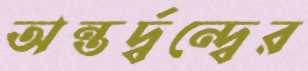
অন্তর্দ্বন্দ্বের